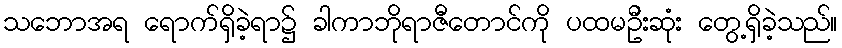
သဘောအရ ရောက်ရှိခဲ့ရာ၌ ခါကာဘိုရာဇီတောင်ကို ပထမဦးဆုံး တွေ့ရှိခဲ့သည်။